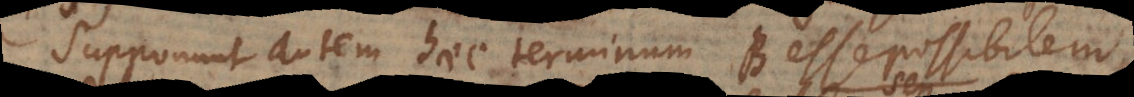
Supponunt autem haec terminum B esse possibilem.